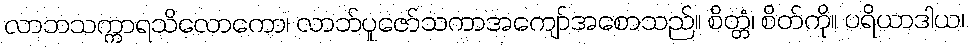
လာဘသက္ကာရသိလောကော၊ လာဘ်ပူဇော်သကာအကျော်အစောသည်။ စိတ္တံ၊ စိတ်ကို။ ပရိယာဒါယ၊